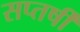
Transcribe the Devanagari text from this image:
सप्तर्षीं